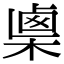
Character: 𣖴